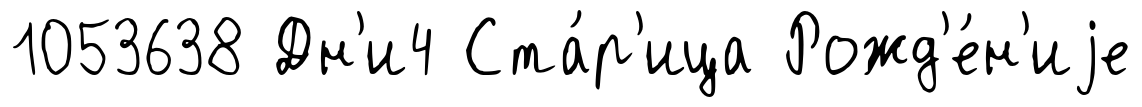
1053638 Дн'и4 Ста́р'ица Рожд'е́н'иjе